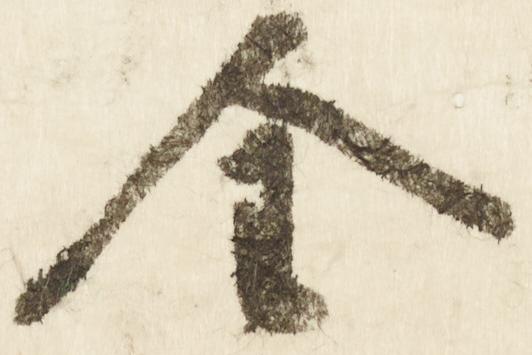
全